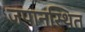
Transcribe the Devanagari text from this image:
जपानस्थित